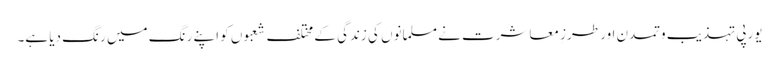
یورپی تہذیب وتمدن اور طرزِ معاشرت نے مسلمانوں کی زندگی کے مختلف شعبوں کو اپنے رنگ میں رنگ دیا ہے۔